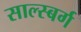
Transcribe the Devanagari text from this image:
साल्स्बर्ग